Indian journal of veterinary science and animal husbandry - Volumes 15-17, 1948-1951
Year: 1948
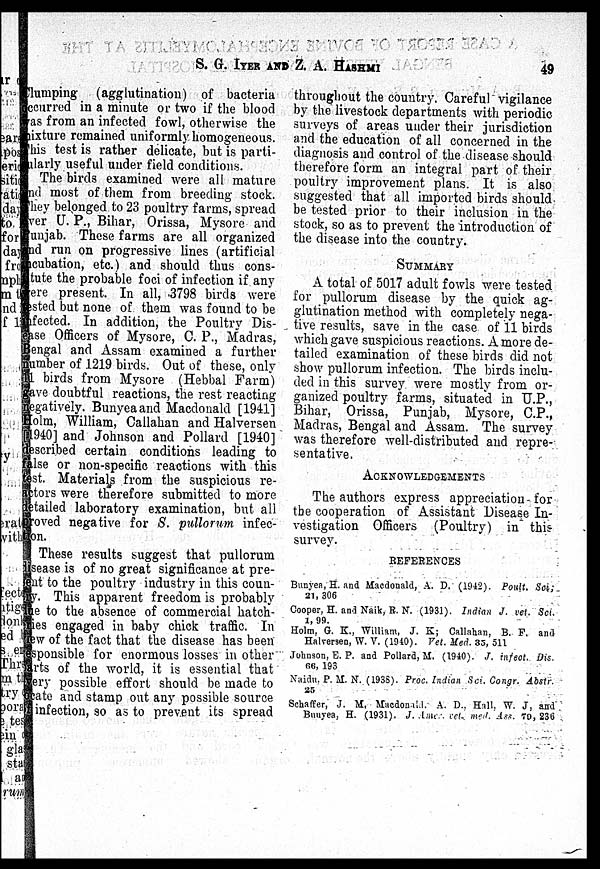
S. G. IYER AND Z. A.
HASHMI
49
Clumping (agglutination) of bacteria
occurred in a minute or two if the blood
was from an infected fowl, otherwise the
mixture remained uniformly homogeneous.
This test is rather delicate, but is parti-
cularly useful under field conditions.
The birds examined were all mature
and most of them from breeding stock.
They belonged to 23 poultry farms, spread
over U. P., Bihar, Orissa, Mysore and
Punjab. These farms are all organized
and run on progressive lines (artificial
ncubation, etc.) and should thus cons-
tute the probable foci of infection if any
were present. In all, 3798 birds were
tested but none of them was found to be
infected. In addition, the Poultry Dis-
ease Officers of Mysore, C. P., Madras,
Bengal and Assam examined a further
number of 1219 birds. Out of these, only
11 birds from Mysore (Hebbal Farm)
gave doubtful reactions, the rest reacting
negatively. Bunyea and Macdonald [1941]
Holm, William, Callahan and Halversen
[1940] and Johnson and Pollard [1940]
described certain conditions leading to
false or non-specific reactions with this
test. Materials from the suspicious re-
-ctors were therefore submitted to more
detailed laboratory examination, but all
proved negative for S. pullorum infec-
tion.
These results suggest that pullorum
disease is of no great significance at pre-
sent to the poultry industry in this coun-
ry. This apparent freedom is probably
due to the absence of commercial hatch-
ries engaged in baby chick traffic. In
view of the fact that the disease has been
esponsible for enormous losses in other
arts of the world, it is essential that
very possible effort should be made to
ocate and stamp out any possible source
of infection, so as to prevent its spread
throughout the country. Careful vigilance
by the livestock departments with periodic
surveys of areas under their jurisdiction
and the education of all concerned in the
diagnosis and control of the disease should
therefore form an integral part of their
poultry improvement plans. It is also
suggested that all imported birds should
be tested prior to their inclusion in the
stock, so as to prevent the introduction of
the disease into the country.
SUMMARY
A total of 5017 adult fowls were tested
for pullorum disease by the quick ag-
glutination method with completely nega-
tive results, save in the case of 11 birds
which gave suspicious reactions. A more de-
tailed examination of these birds did not
show pullorum infection. The birds inclu-
ded in this survey were mostly from or-
ganized poultry farms, situated in U.P.,
Bihar, Orissa, Punjab, Mysore, C.P.,
Madras, Bengal and Assam. The survey
was therefore well-distributed and repre-
sentative.
ACKNOWLEDGEMENTS
The authors express appreciation for
the cooperation of Assistant Disease In-
vestigation Officers (Poultry) in this
survey.
REFERENCES
Bunyea, H. and Macdonald, A. D. (1942). Poult. Sci;
21, 306
Cooper, H. and Naik, R. N. (1931). Indian J. vet. Sci.
1, 99.
Holm, G. K., William, J. K; Callahan, B. F. and
Halversen, W. V. (1940). Vet. Med. 33, 511
Johnson, E. P. and Pollard, M, (1940). J. infect. Dis.
66, 193
Naidu. P. M. N. (1938). Proc. Indian Sci. Congr. Abstr.
25
Schaffer, J, M, Macdonald. A. D., Hall, W. J, and
Bunyea, H. (1931). J. Amer vet. med. Ass. 79, 236